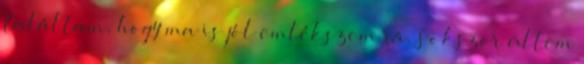
találtam, hogy ma is jól emlékszem rá. Sokszor ültem